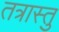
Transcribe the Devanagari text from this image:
तत्रास्तु